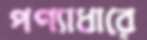
পণ্যাধারে